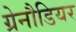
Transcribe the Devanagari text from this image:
ग्रेनौडियर